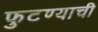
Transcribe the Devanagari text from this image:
फुटण्याची